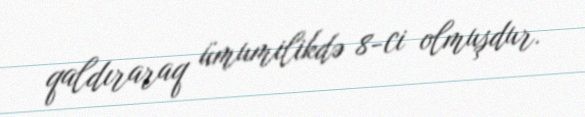
qaldıraraq ümumilikdə 8-ci olmuşdur.